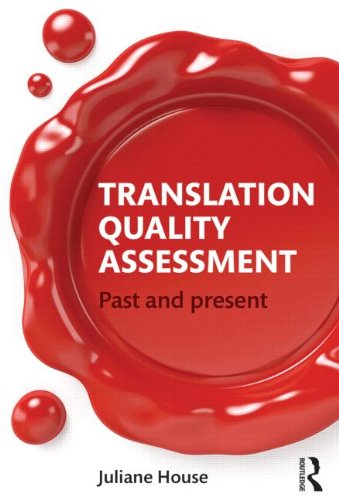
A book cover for Translation Quality Assessment: Past and Present; Juliane House; Reference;